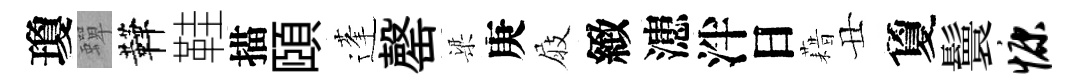
瓊蟬鞾鞋描頤蓬罄梁庚屐緻漶泮日藉丑夐鬟慷